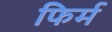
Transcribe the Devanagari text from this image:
फिर्म